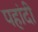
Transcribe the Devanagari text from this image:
पहांदी